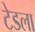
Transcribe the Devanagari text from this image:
टेडला